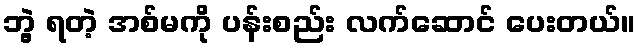
ဘွဲ့ ရတဲ့ အစ်မကို ပန်းစည်း လက်ဆောင် ပေးတယ်။